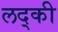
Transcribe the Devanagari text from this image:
लद्की